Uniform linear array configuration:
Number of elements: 48
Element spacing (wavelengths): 1
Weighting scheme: binomial
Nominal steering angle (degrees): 30
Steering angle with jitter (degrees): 31.166
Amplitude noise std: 0.05
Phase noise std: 0.05

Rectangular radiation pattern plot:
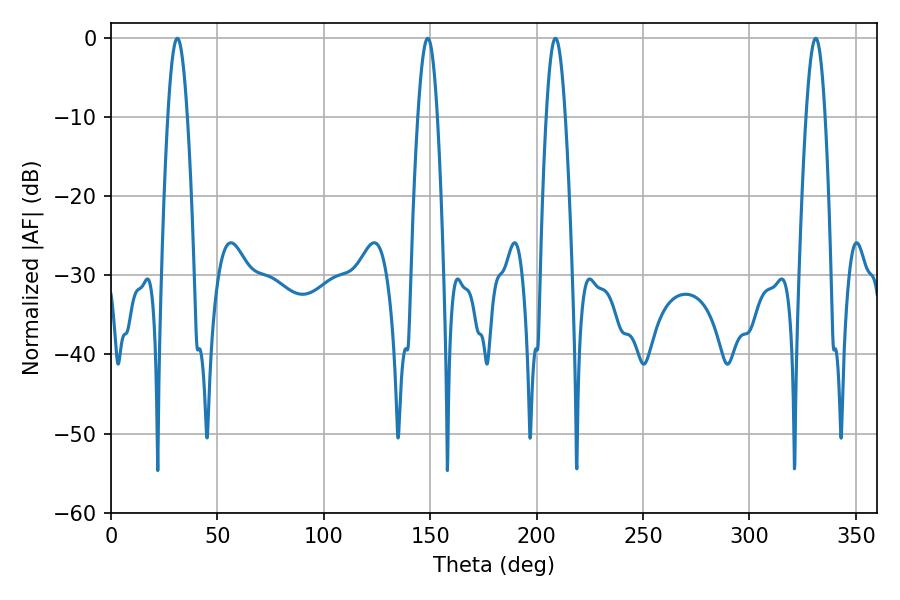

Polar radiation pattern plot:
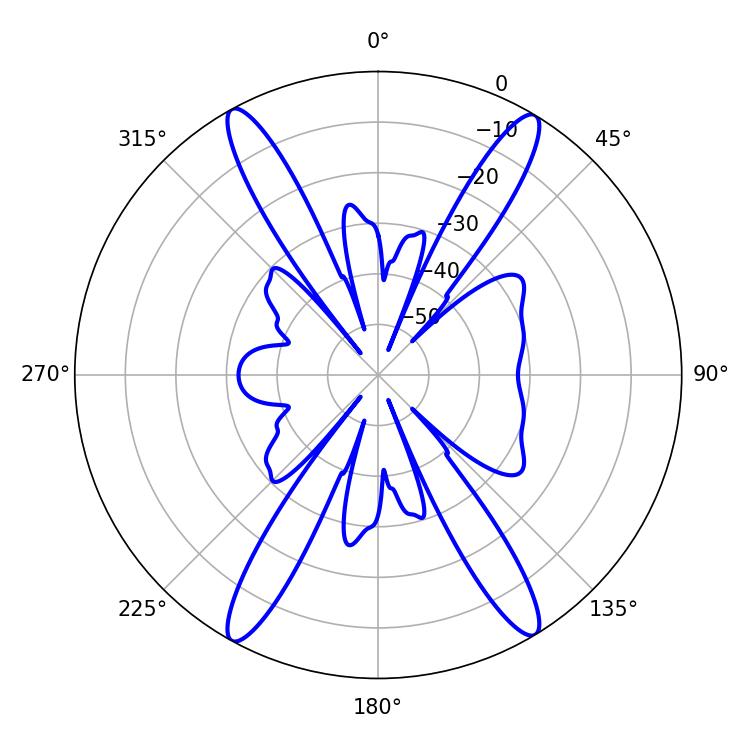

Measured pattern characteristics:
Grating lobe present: TRUE
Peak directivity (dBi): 23.153
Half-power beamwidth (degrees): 4.86
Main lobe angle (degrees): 31.14